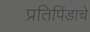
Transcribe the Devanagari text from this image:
प्रतिपिंडाचे